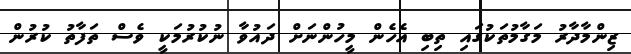
ޒިންމާދާރު މަގާމުތަކުގައި ތިބި އެހެން މީހުންނަށް ދައުވާ ނުކުރުމަކީ ވެސް ތަފާތު ކުރުން